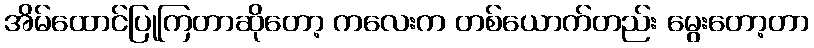
အိမ်ထောင်ပြုကြတာဆိုတော့ ကလေးက တစ်ယောက်တည်း မွေးတော့တာ